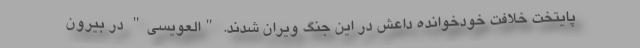
پایتخت خلافت خودخوانده داعش در این جنگ ویران شدند. "العویسی" در بیرون